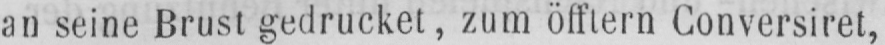
an seine Brust gedrucket, zum öfftern Conversiret,